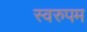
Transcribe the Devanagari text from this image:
स्वरुपम